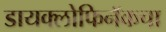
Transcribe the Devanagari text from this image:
डायक्लोफिनॅकचा